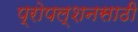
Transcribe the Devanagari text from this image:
प्रोपल्शनसाठी